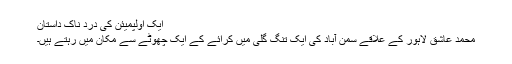
ایک اولپمیئن کی درد ناک داستان
محمد عاشق لاہور کے علاقے سمن آباد کی ایک تنگ گلی میں کرائے کے ایک چھوٹے سے مکان میں رہتے ہیں۔